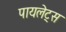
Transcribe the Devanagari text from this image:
पायलेट्स